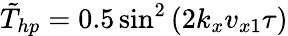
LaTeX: \tilde{T}_{hp}=0.5\sin^{2}\left(2k_{x}v_{x1}\tau\right)